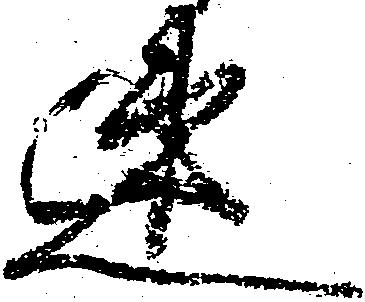
速